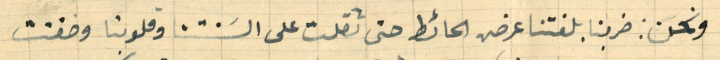
ونحن: ضربنا بلغتنا عرض الحائط حتى ثقلت على السَنتنا وقلوبنا وخفتت